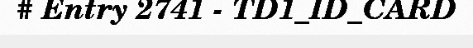
# Entry 2741 - TD1_ID_CARD